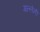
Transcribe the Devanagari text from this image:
गल्लेनी